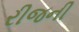
રીજની